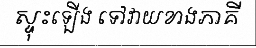
ស្ទុះឡើង ទៅវាយខាងភាគី